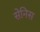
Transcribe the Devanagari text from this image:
सेनिस